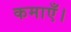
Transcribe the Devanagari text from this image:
कमाएँ।